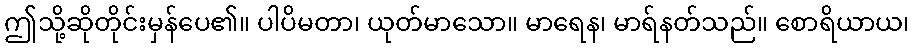
ဤသို့ဆိုတိုင်းမှန်ပေ၏။ ပါပိမတာ၊ ယုတ်မာသော။ မာရေန၊ မာရ်နတ်သည်။ စောရိယာယ၊